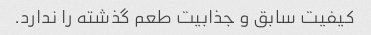
کیفیت سابق و جذابیت طعم گذشته را ندارد.